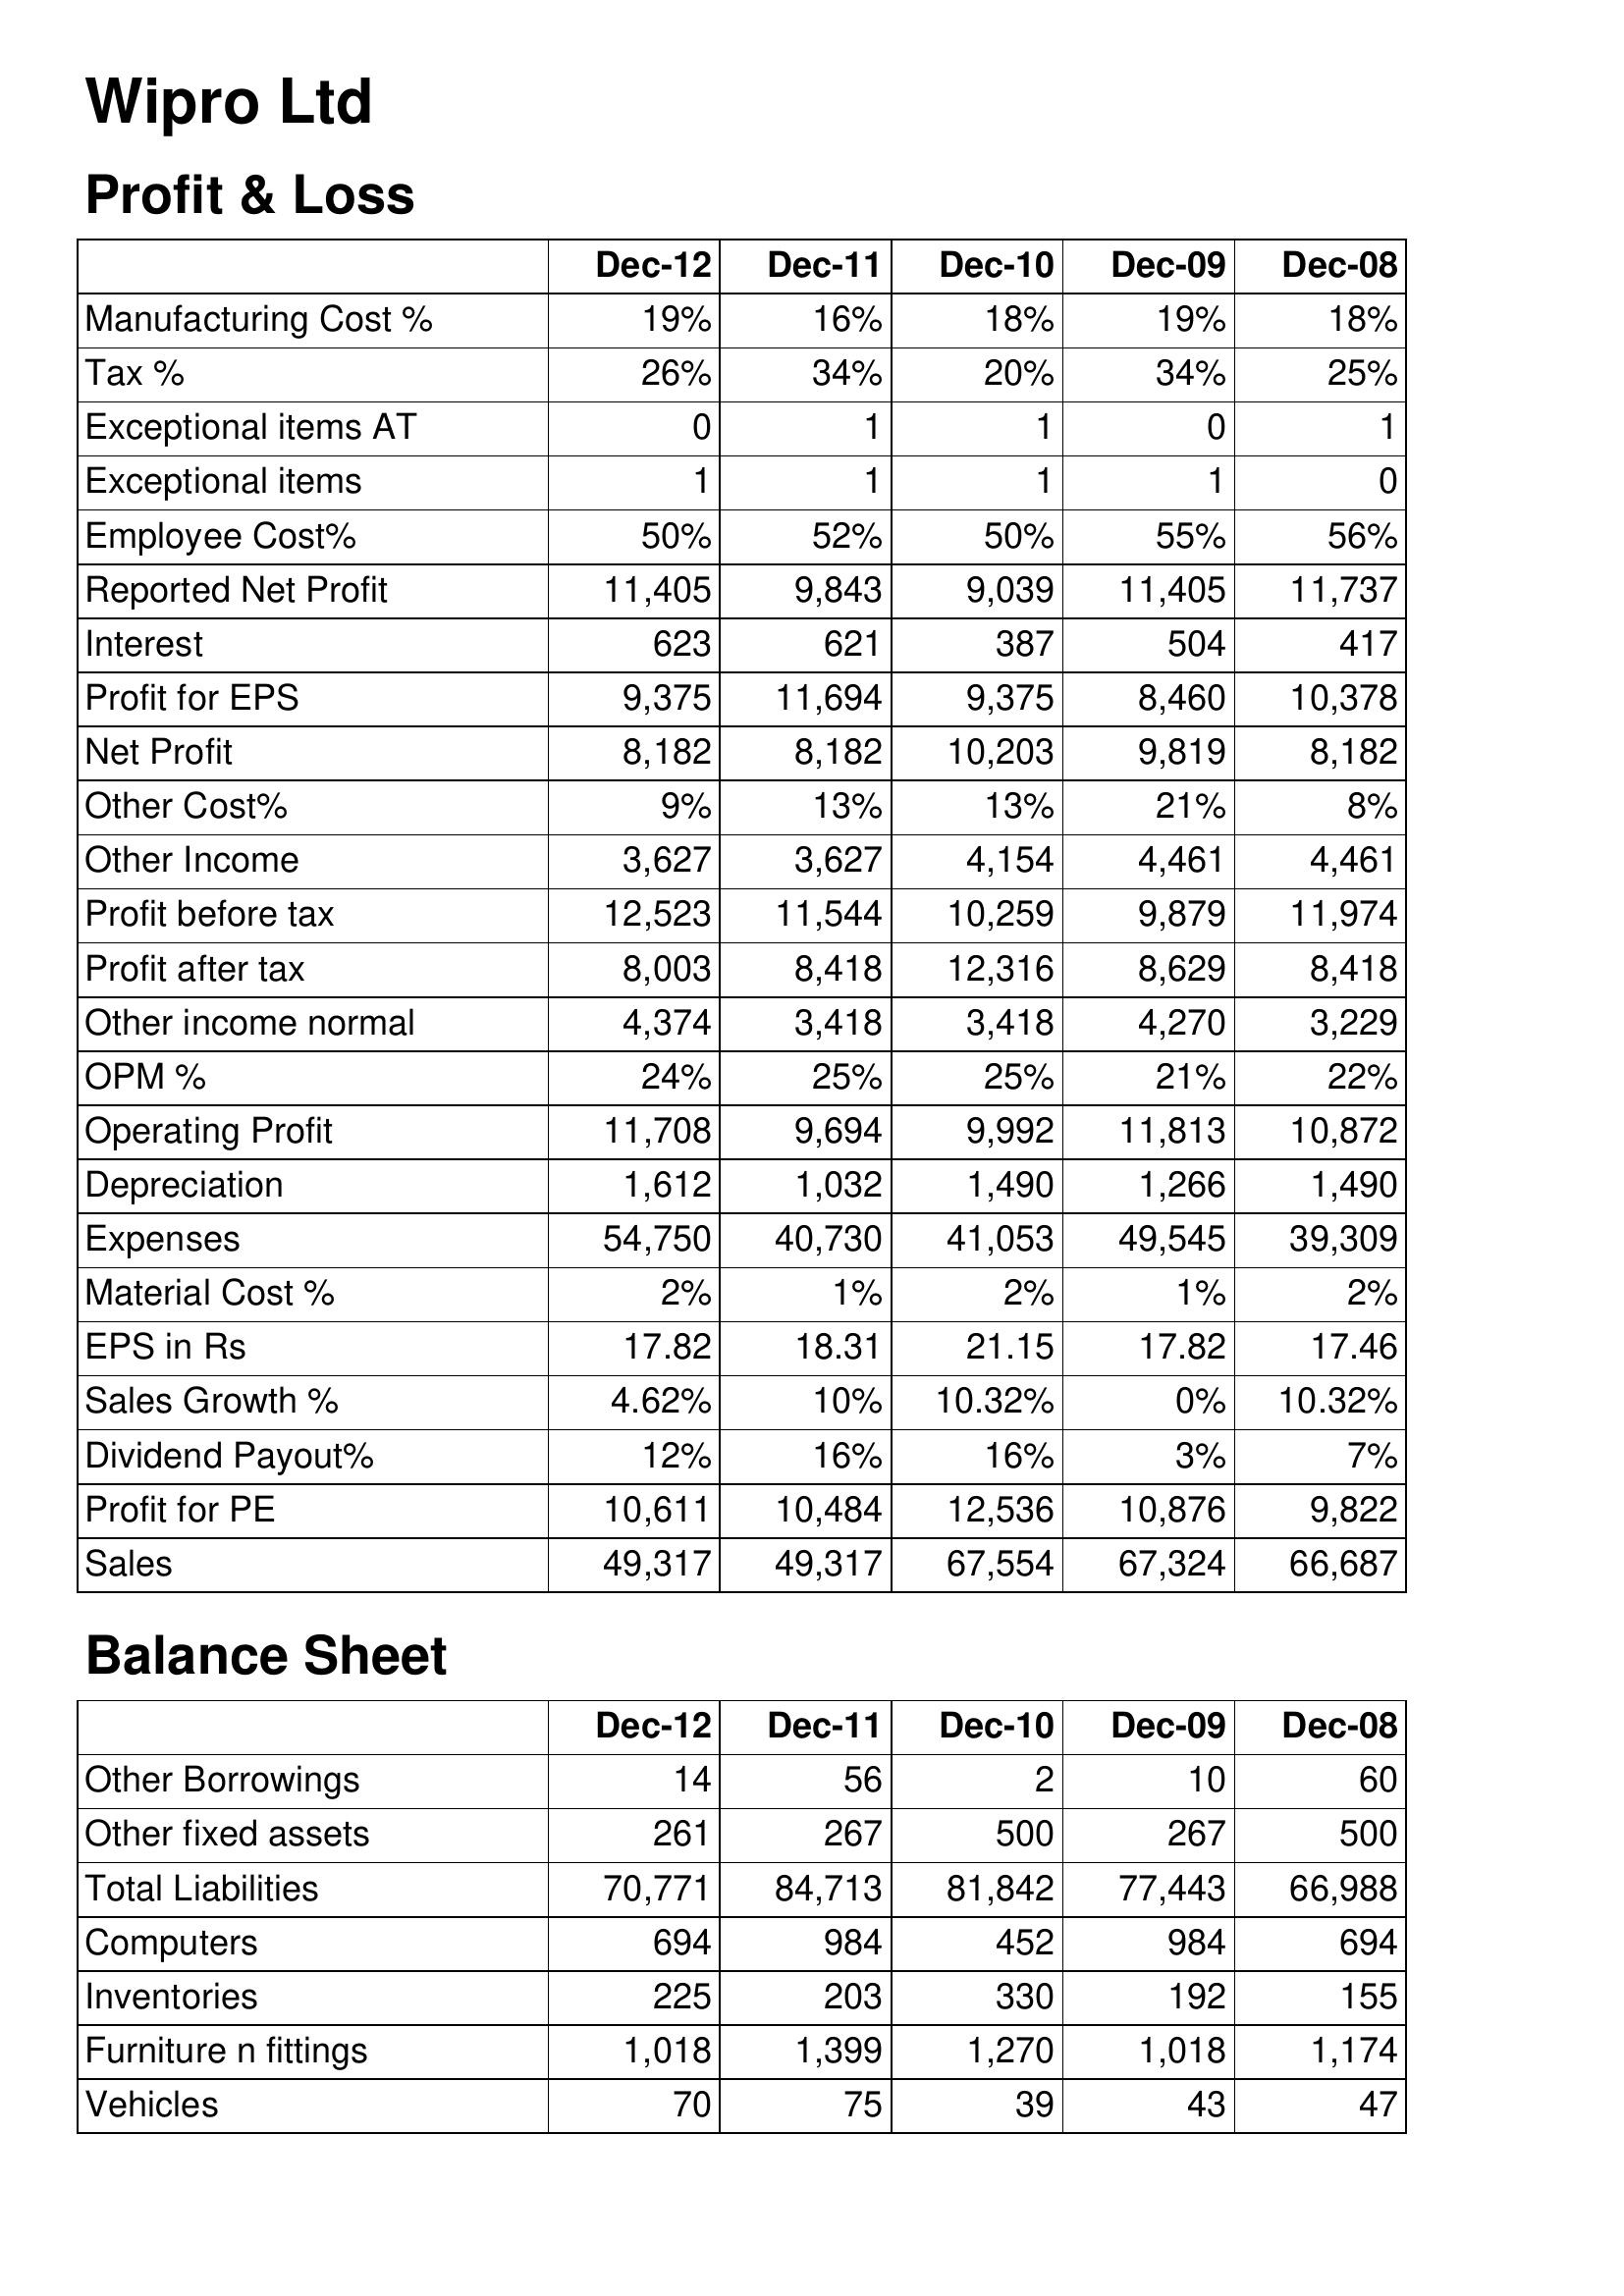
Dec-12: Profit & Loss: Manufacturing Cost %: 19%
Tax %: 26%
Exceptional items AT: 0
Exceptional items: 1
Employee Cost%: 50%
Reported Net Profit: 11,405
Interest: 623
Profit for EPS: 9,375
Net Profit: 8,182
Other Cost%: 9%
Other Income: 3,627
Profit before tax: 12,523
Profit after tax: 8,003
Other income normal: 4,374
OPM %: 24%
Operating Profit: 11,708
Depreciation: 1,612
Expenses: 54,750
Material Cost %: 2%
EPS in Rs: 17.82
Sales Growth %: 4.62%
Dividend Payout%: 12%
Profit for PE: 10,611
Sales: 49,317
Balance Sheet: Other Borrowings: 14
Other fixed assets: 261
Total Liabilities: 70,771
Computers: 694
Inventories: 225
Furniture n fittings: 1,018
Vehicles: 70
Dec-11: Profit & Loss: Manufacturing Cost %: 16%
Tax %: 34%
Exceptional items AT: 1
Exceptional items: 1
Employee Cost%: 52%
Reported Net Profit: 9,843
Interest: 621
Profit for EPS: 11,694
Net Profit: 8,182
Other Cost%: 13%
Other Income: 3,627
Profit before tax: 11,544
Profit after tax: 8,418
Other income normal: 3,418
OPM %: 25%
Operating Profit: 9,694
Depreciation: 1,032
Expenses: 40,730
Material Cost %: 1%
EPS in Rs: 18.31
Sales Growth %: 10%
Dividend Payout%: 16%
Profit for PE: 10,484
Sales: 49,317
Balance Sheet: Other Borrowings: 56
Other fixed assets: 267
Total Liabilities: 84,713
Computers: 984
Inventories: 203
Furniture n fittings: 1,399
Vehicles: 75
Dec-10: Profit & Loss: Manufacturing Cost %: 18%
Tax %: 20%
Exceptional items AT: 1
Exceptional items: 1
Employee Cost%: 50%
Reported Net Profit: 9,039
Interest: 387
Profit for EPS: 9,375
Net Profit: 10,203
Other Cost%: 13%
Other Income: 4,154
Profit before tax: 10,259
Profit after tax: 12,316
Other income normal: 3,418
OPM %: 25%
Operating Profit: 9,992
Depreciation: 1,490
Expenses: 41,053
Material Cost %: 2%
EPS in Rs: 21.15
Sales Growth %: 10.32%
Dividend Payout%: 16%
Profit for PE: 12,536
Sales: 67,554
Balance Sheet: Other Borrowings: 2
Other fixed assets: 500
Total Liabilities: 81,842
Computers: 452
Inventories: 330
Furniture n fittings: 1,270
Vehicles: 39
Dec-09: Profit & Loss: Manufacturing Cost %: 19%
Tax %: 34%
Exceptional items AT: 0
Exceptional items: 1
Employee Cost%: 55%
Reported Net Profit: 11,405
Interest: 504
Profit for EPS: 8,460
Net Profit: 9,819
Other Cost%: 21%
Other Income: 4,461
Profit before tax: 9,879
Profit after tax: 8,629
Other income normal: 4,270
OPM %: 21%
Operating Profit: 11,813
Depreciation: 1,266
Expenses: 49,545
Material Cost %: 1%
EPS in Rs: 17.82
Sales Growth %: 0%
Dividend Payout%: 3%
Profit for PE: 10,876
Sales: 67,324
Balance Sheet: Other Borrowings: 10
Other fixed assets: 267
Total Liabilities: 77,443
Computers: 984
Inventories: 192
Furniture n fittings: 1,018
Vehicles: 43
Dec-08: Profit & Loss: Manufacturing Cost %: 18%
Tax %: 25%
Exceptional items AT: 1
Exceptional items: 0
Employee Cost%: 56%
Reported Net Profit: 11,737
Interest: 417
Profit for EPS: 10,378
Net Profit: 8,182
Other Cost%: 8%
Other Income: 4,461
Profit before tax: 11,974
Profit after tax: 8,418
Other income normal: 3,229
OPM %: 22%
Operating Profit: 10,872
Depreciation: 1,490
Expenses: 39,309
Material Cost %: 2%
EPS in Rs: 17.46
Sales Growth %: 10.32%
Dividend Payout%: 7%
Profit for PE: 9,822
Sales: 66,687
Balance Sheet: Other Borrowings: 60
Other fixed assets: 500
Total Liabilities: 66,988
Computers: 694
Inventories: 155
Furniture n fittings: 1,174
Vehicles: 47